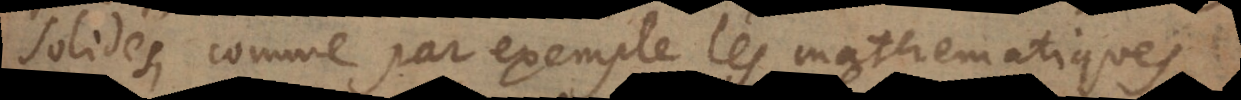
solides, comme par exemple les mathematiques